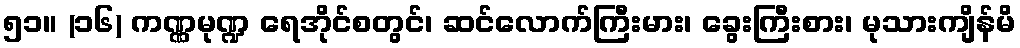
၅၁။ (၁၆) ကဏ္ဏမုဏ္ဍ ရေအိုင်စတွင်၊ ဆင်လောက်ကြီးမား၊ ခွေးကြီးစား၊ မုသားကျိန်မိ